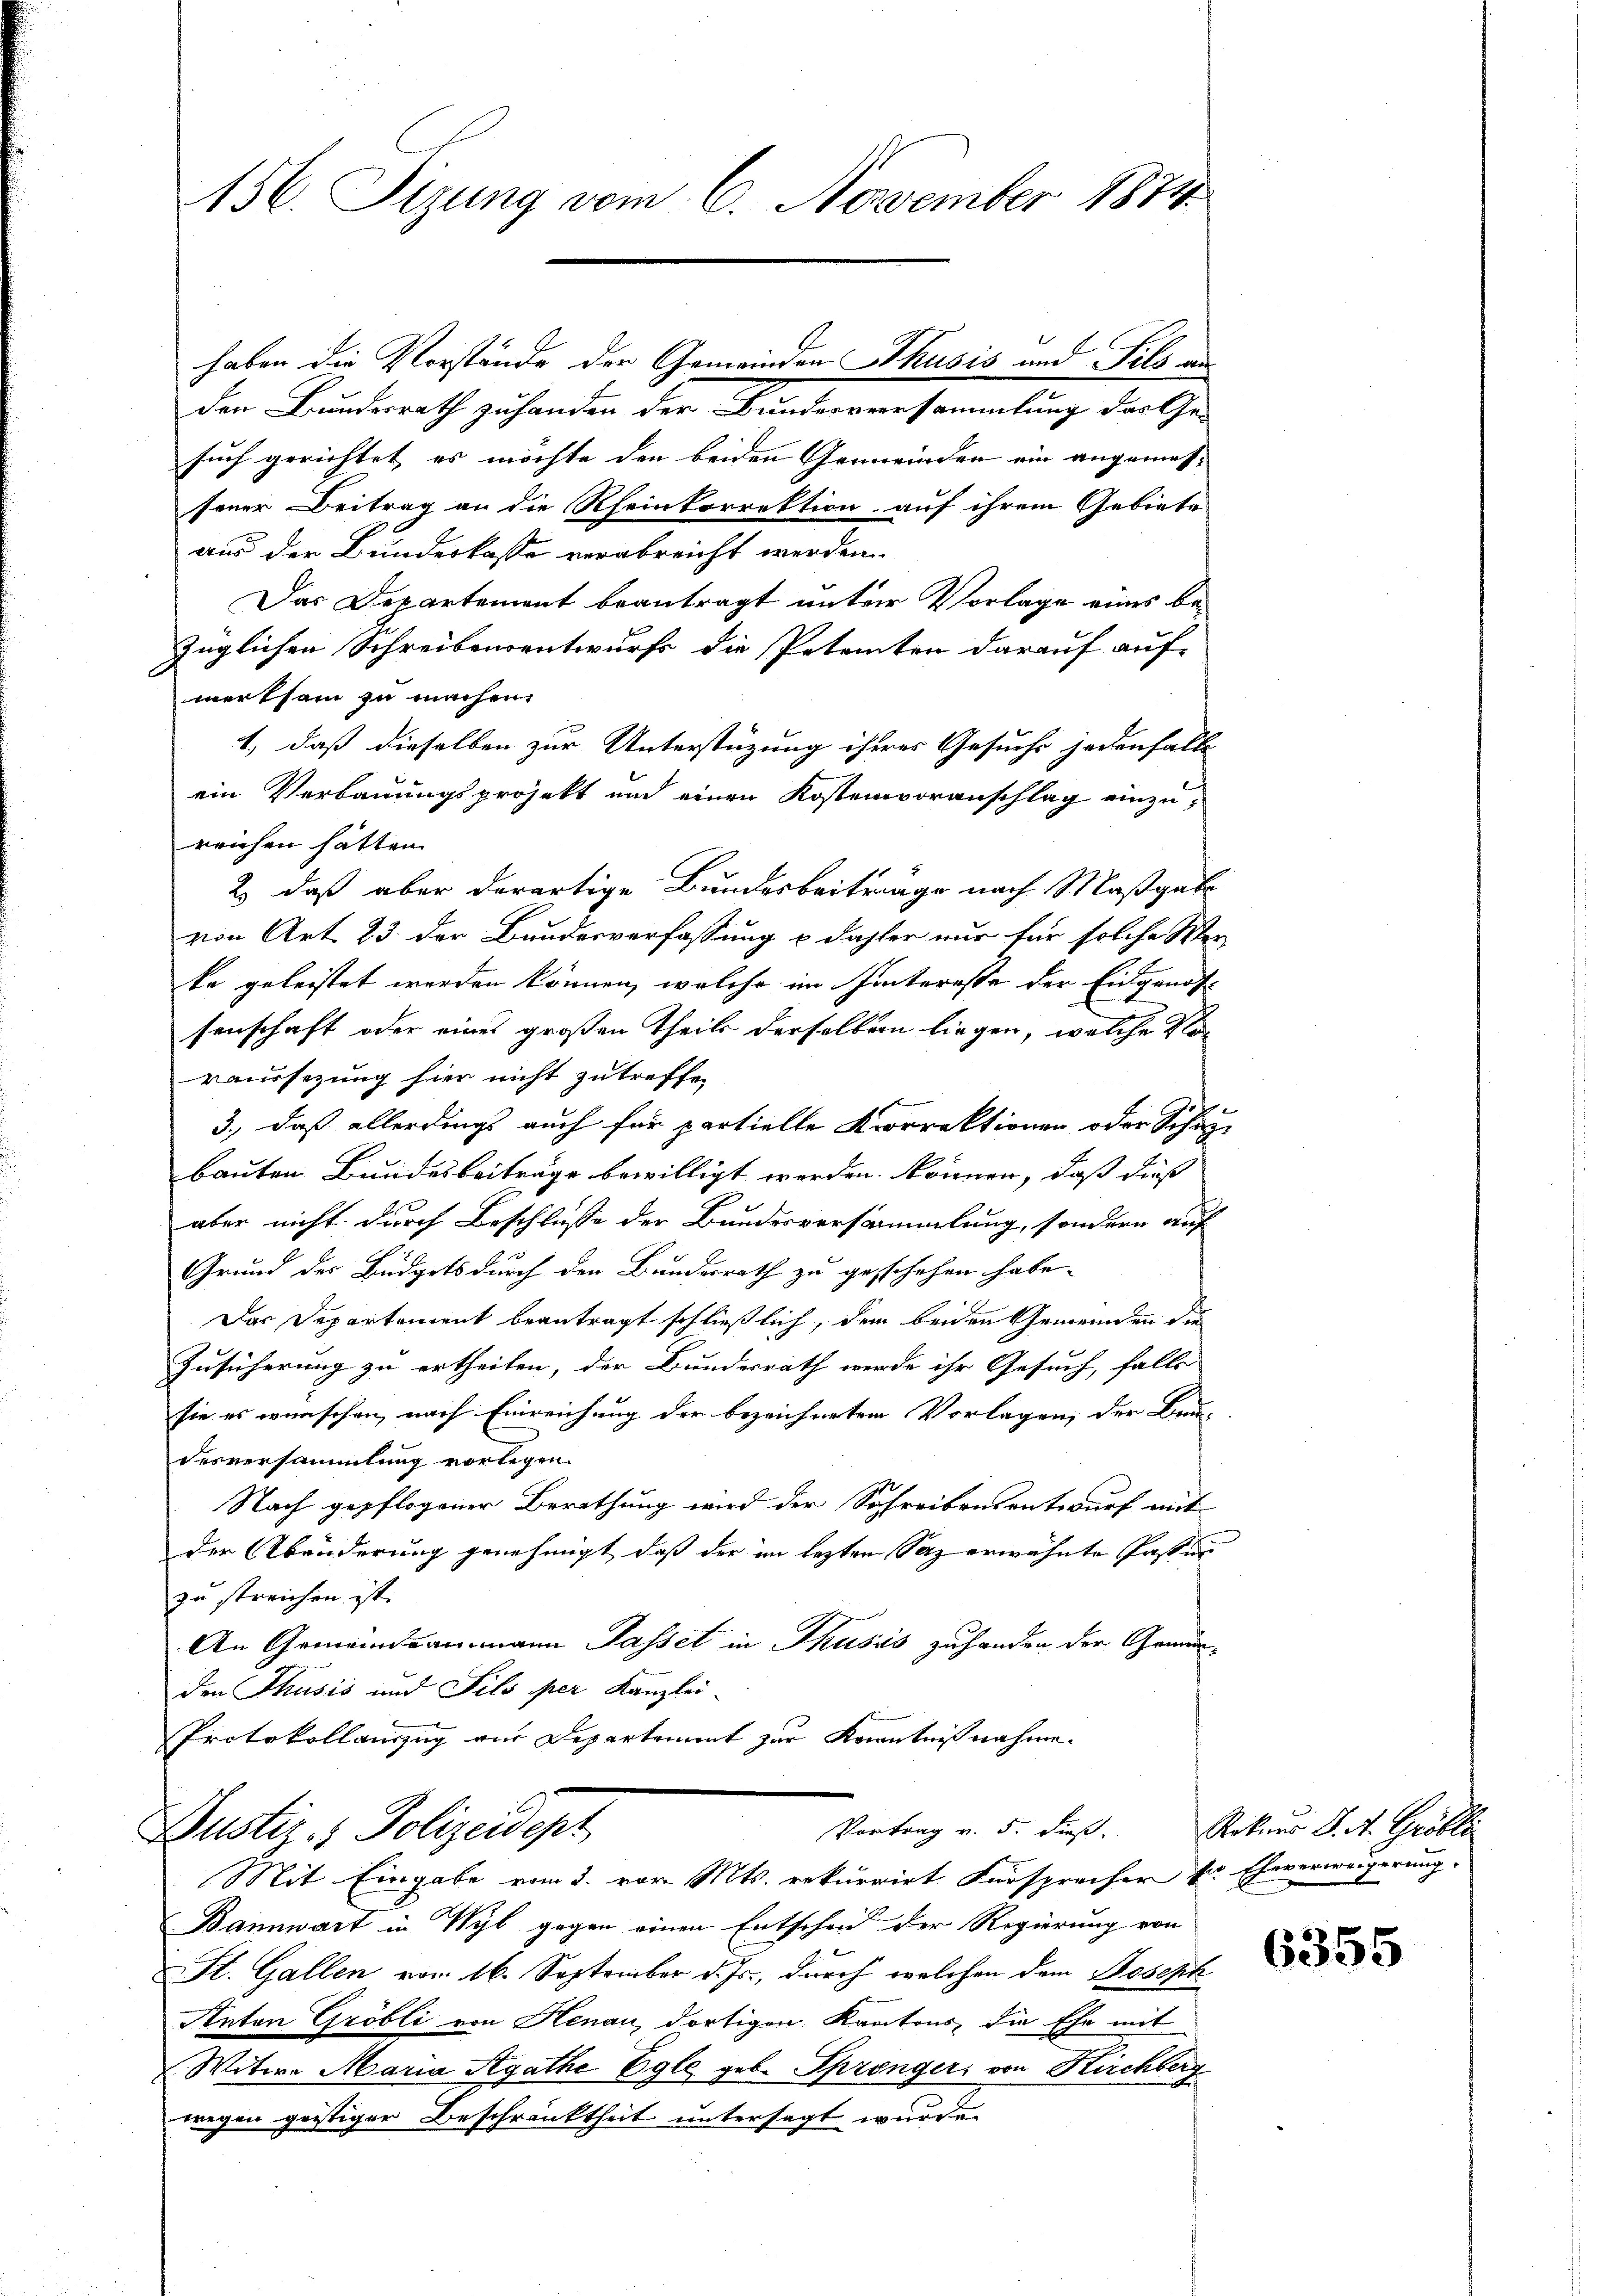
156. Sizung vom 6. November 1874.

haben die Vorstände der Gemeinden Thusis und Fels au
den Bundesrath zuhanden der Bundesversammlung das Ge-
such gerichtet, es möchte den beiden Gemeinden ein angemessener Beitrag an die Rheinkorrektion auf ihrem Gebiete
aus der Bundeskasse verabreicht werden
Das Departement beantragt unter Vorlage eines bezüglichen Schreibensentwurfs die Petenten darauf auf-
merksam zu machen.
1., daß dieselben zur Unterstüzung ihres Gesuche jedenfalls
ein Verbauungsprojekt und einen Kostenvoranschlag einzureichen hatten.
2) daß aber derartige Bundesbeitrage nach Maßgab
von Art. 23 der Bundesverfassung & daher nur für solche Wer-
ke geleistet werden können, welche im Hinteresse der Eidgenos
senschaft oder eines großen Theils derselben liegen, welche Vor
raussezung hier nicht zutreffen
3., daß allerdings auch für partielle Korrektionen oder Schau-
bauten Bundesbeiträge bewilligt werden können, daß dies
aber nicht durch Beschlusse der Bundesversammlung, sondern auf
Grund des Büdgets durch den Bundesrath zu geschehen habe.
Das Departement beantragt schließlich, dem beiden Gemeinden die
Zusicherung zu ertheilen, der Bundesrath werde ihr Gesuch, falls
sie es wünschen, nach Einreichung der bezeichneten Vorlagen, der Bau-
desversammlung vorlegen.
Nach gepflogener Berathung wird der Schreibensentwurf mit
der Abänderung genehmigt, daß der im lezten Satz erwähnte Passur
zu streichen ist.
An Gemeindeammann Passet in Thusis zuhanden der Gemüden Thusis und Sils per Kanzlei-
Protokollauszug am Departement zur Kenntnißnahme.

Vortrag v. 5. dieß.
Justiz- & Polizeidept
Mit Eingabe vom 2. vor. Mts. rekurrirt Fürsprecher ser Eheverweigerung.

Bannwart in Wyl gegen einen Entscheid der Regierung von
St. Gallen vom 16. September d. Js., durch welchen dem Joseph
Anton Gröbli von Henau, dortigen Kantons, die Ehe mit
Witwe Maria Agathe Egli geb. Sprenger, von Kirchberg
wegen geistiger Beschränktheit untersagt wurde.

Rekurs J. A. Gröbli

6355